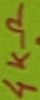
Text: 4KΩ